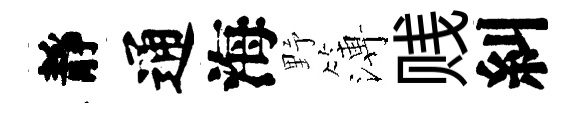
靜通海野簿贱糾